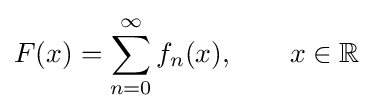
F(x)=\sum _{n=0}^{\infty }f_{n}(x),\qquad x\in \mathbb {R}